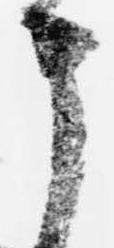
申